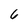
Character: 6